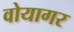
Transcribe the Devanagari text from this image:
वोयागर